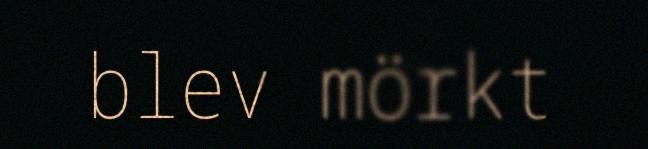
blev mörkt